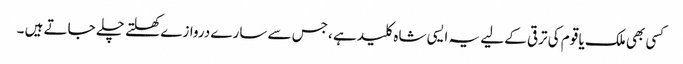
کسی بھی ملک یا قوم کی ترقی کے لیے یہ ایسی شاہ کلید ہے ،جس سے سارے دروازے کھلتے چلے جاتے ہیں ۔